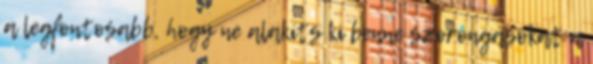
a legfontosabb, hogy ne alakíts ki benne szorongásokat a